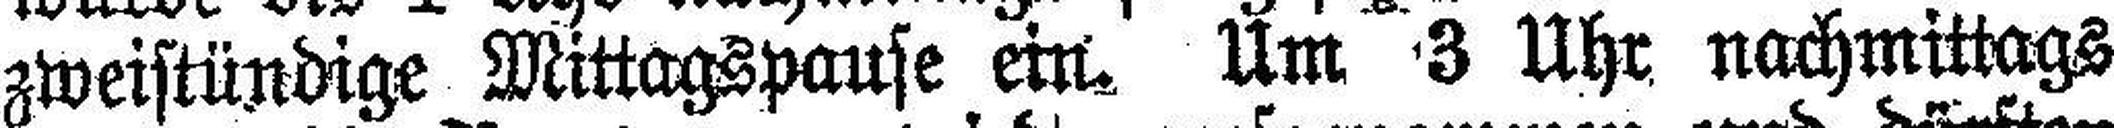
zweistündige Mittagspause ein. Um 3 Uhr nachmittags